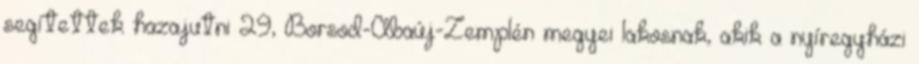
segítettek hazajutni 29, Borsod-Abaúj-Zemplén megyei lakosnak, akik a nyíregyházi